Maemoisa_(Sinalepa)_vallavalitsus, lk 43
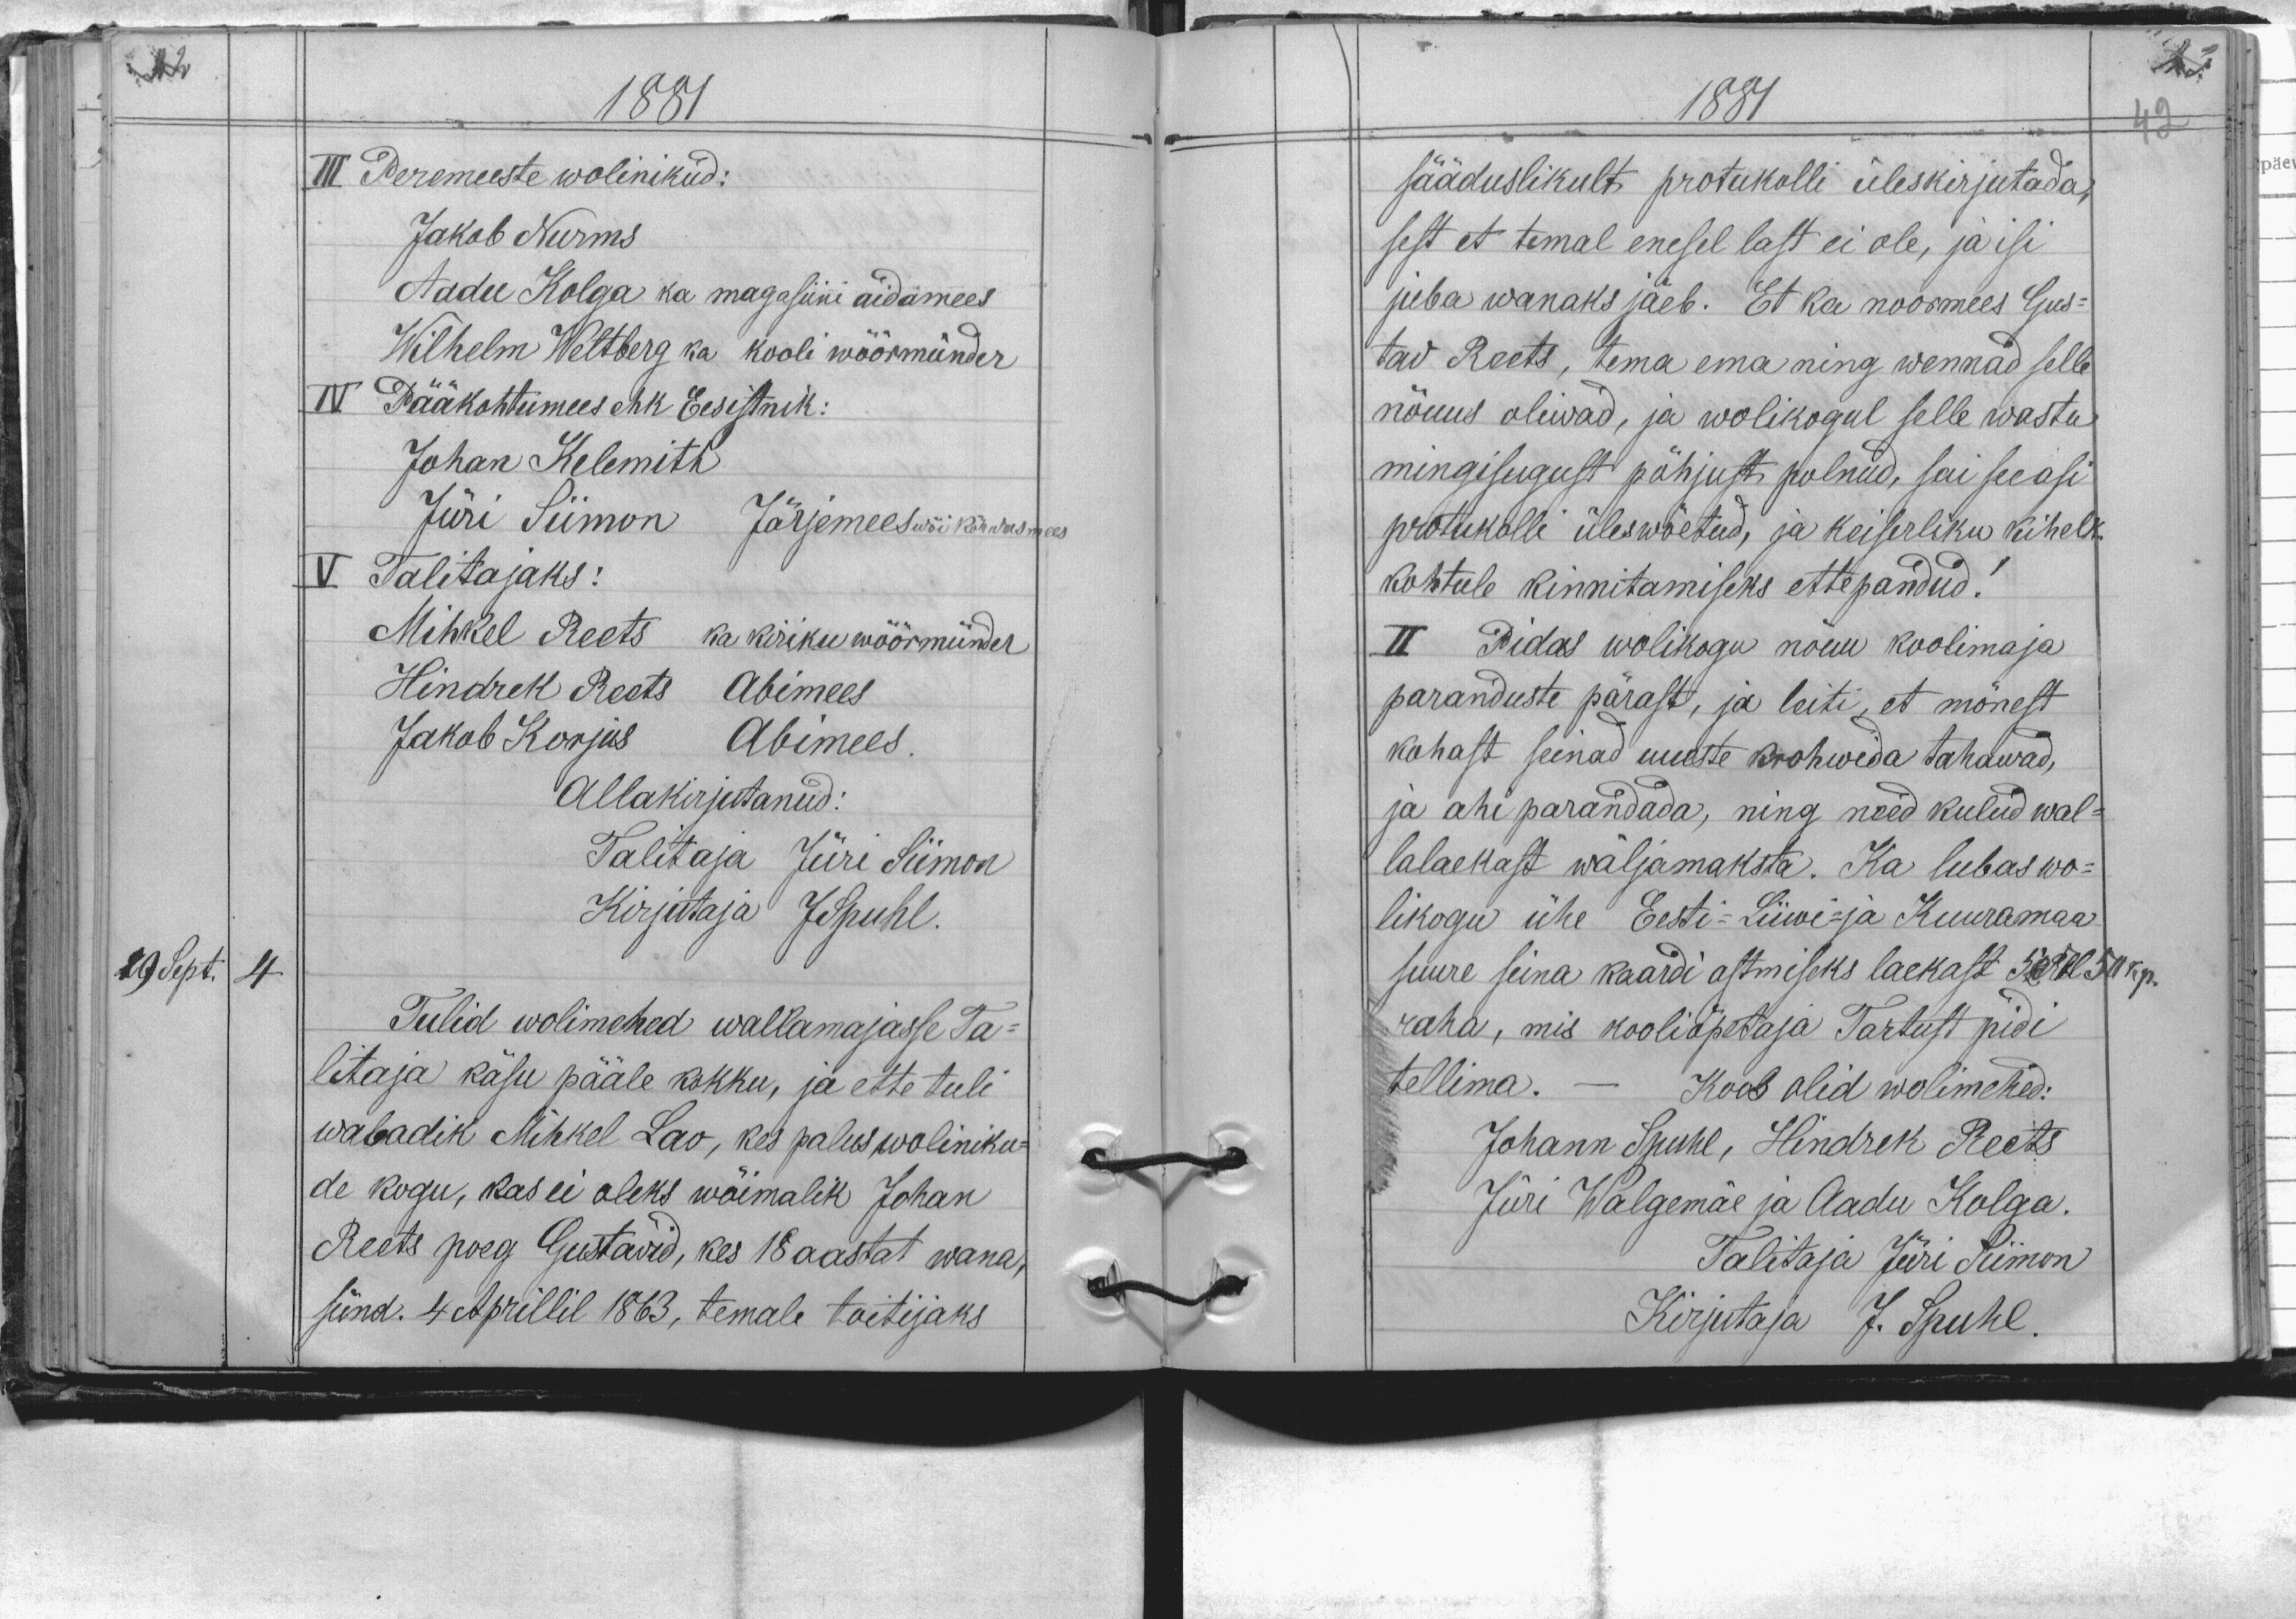
1881
III Peremeeste wolinikud:
Jakob Nurms
Aadu Kolga ka magasiini aidamees
Wilhelm Wettberg ka kooli wöörmünder
IV Pääkohtumees ehk Eesistnik:
Johan Kelemith
Jüri Siimon Järjemees wõi kõrwasmees
V. Talitajaks:
Mihkel Reets ka kiriku wöörmünder
Hindrik Roots Abimees
Jakob Korjus Abimees.
Allakirjutanud:
Talitaja Jüri Siimon
Kirjutaja JSpuhl.
29 Sept. 4
Tulid wolimehed wallamajasse Ta-
litaja käsu pääle kokku, ja ette tuli
wabadik Mihkel Lao, kes palus woliniku-
de kogu, kas ei oleks wõimalik Johan
Reets poeg Gustavid, kes 18 aastat wana,
sünd. 4 Aprillil 1863, temale toitijaks

1881
sääduslikult protukolli üleskirjutada,
sest et temal enesel last ei ole, ja isi
juba wanaks jäeb. Et ka noormees Gus-
tav Reets, tema ema ning wennad selle
nõuus oliwad, ja wolikogul selle wastu
mingisugust põhjust polnud, sai see asi
protukolli üleswõetud, ja keiserliku kihelk.
kohtule kinnitamiseks ettepandud!
II Pidas wolikogu nõuu koolimaja
paranduste pärast, ja leiti, et mõnest
kohast seinad uueste krohwida tahawad,
ja ahi parandada, ning need kulud wal-
lalaekast wäljamaksta. Ka lubas wo-
likogu ühe Eesti- Liiwi- ja Kuuramaa
suure seina kaardi ostmiseks laekast 50 Rbl 50 kp.
raha, mis kooliõpetaja Tartust pidi
tellima. - Koos olid wolimehed:
Johann Spuhl, Hindrek Reets
Jüri Walgemäe ja Aadu Kolga.
Talitaja Jüri Siimon
Kirjutaja J. Spuhl